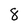
Character: 8